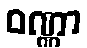
ဝဏ္ဏာ